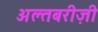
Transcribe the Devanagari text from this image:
अल्तबरीज़ी